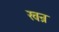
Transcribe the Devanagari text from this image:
खन्र